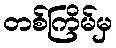
တစ်ကြိမ်မှ